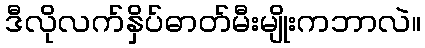
ဒီလိုလက်နှိပ်ဓာတ်မီးမျိုးကဘာလဲ။